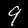
Digit: 9